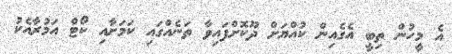
އެ މީހުން ތިބީ އެގެއިން ކުއްޔަށް ދޫކޮށްފައިވާ ތަނެއްގައި ކަމަށާއި ކޯޓް އަމުރާއެކު